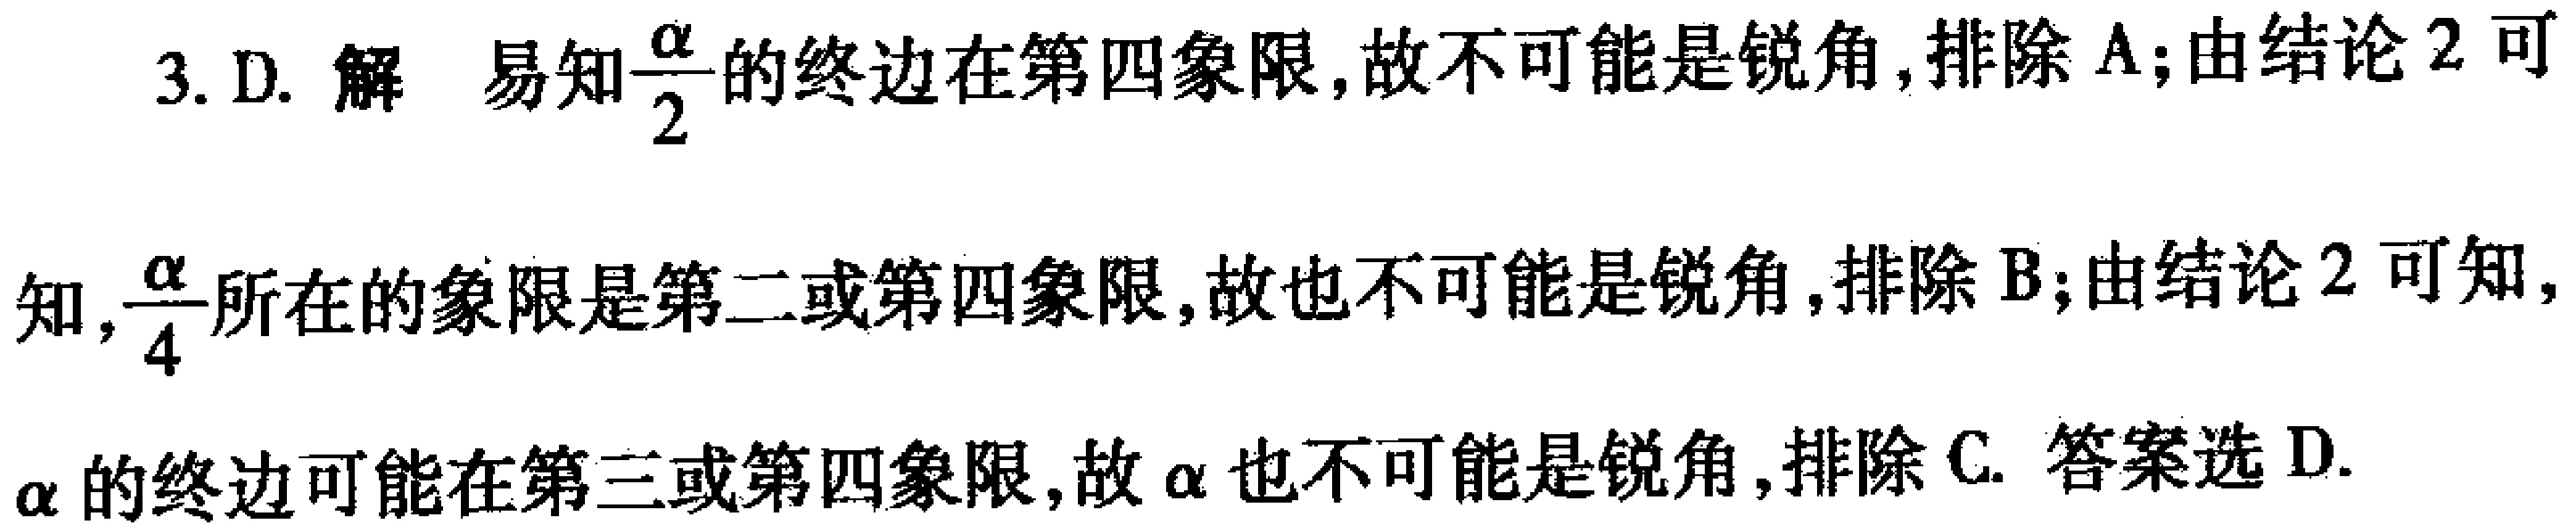
3. D. 解 易知$\frac{\alpha}{2}$的终边在第四象限, 故不可能是锐角, 排除 A; 由结论 2 可

知, $\frac{\alpha}{4}$所在的象限是第二或第四象限, 故也不可能是锐角, 排除 B; 由结论 2 可知,

$\alpha$的终边可能在第三或第四象限, 故$\alpha$也不可能是锐角, 排除 C. 答案选 D.